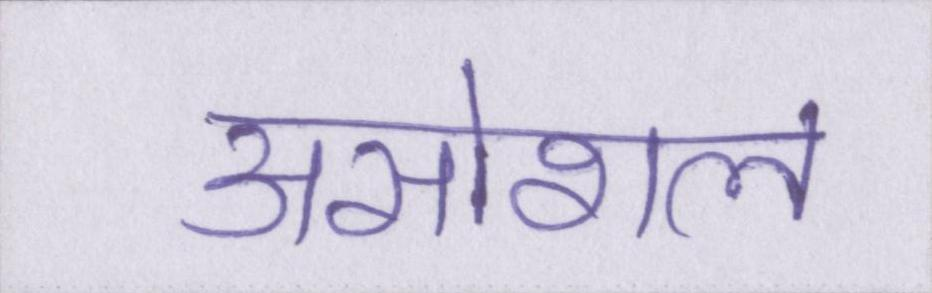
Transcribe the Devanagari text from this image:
असोशल